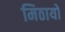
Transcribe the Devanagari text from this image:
मिठायों